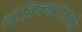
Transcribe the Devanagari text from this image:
श्रीत्रिकसारशास्त्रे